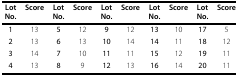
<table><thead><tr><td><b>Lot No.</b></td><td><b>Score</b></td><td><b>Lot No.</b></td><td><b>Score</b></td><td><b>Lot No.</b></td><td><b>Score</b></td><td><b>Lot No.</b></td><td><b>Score</b></td><td><b>Lot No.</b></td><td><b>Score</b></td></tr></thead><tbody><tr><td><b>1</b></td><td>13</td><td><b>5</b></td><td>12</td><td><b>9</b></td><td>12</td><td><b>13</b></td><td>10</td><td><b>17</b></td><td>5</td></tr><tr><td><b>2</b></td><td>13</td><td><b>6</b></td><td>13</td><td><b>10</b></td><td>14</td><td><b>14</b></td><td>11</td><td><b>18</b></td><td>12</td></tr><tr><td><b>3</b></td><td>14</td><td><b>7</b></td><td>10</td><td><b>11</b></td><td>11</td><td><b>15</b></td><td>12</td><td><b>19</b></td><td>11</td></tr><tr><td><b>4</b></td><td>13</td><td><b>8</b></td><td>9</td><td><b>12</b></td><td>13</td><td><b>16</b></td><td>14</td><td><b>20</b></td><td>11</td></tr></tbody></table>